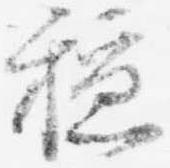
穏